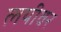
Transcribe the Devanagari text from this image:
लयीवर